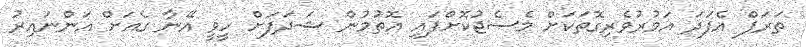
ތަރަފް އެފަދަ އަމުރުވެރިގޮތަކަށް މެސެޖުކޮށްފައި އޮތުމުން ޝަދަފަށް ހީވީ އޭނާ ގެއަށް އަންނައިރު